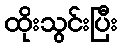
ထိုးသွင်းပြီး